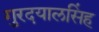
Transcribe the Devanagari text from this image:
गुरदयालसिंह